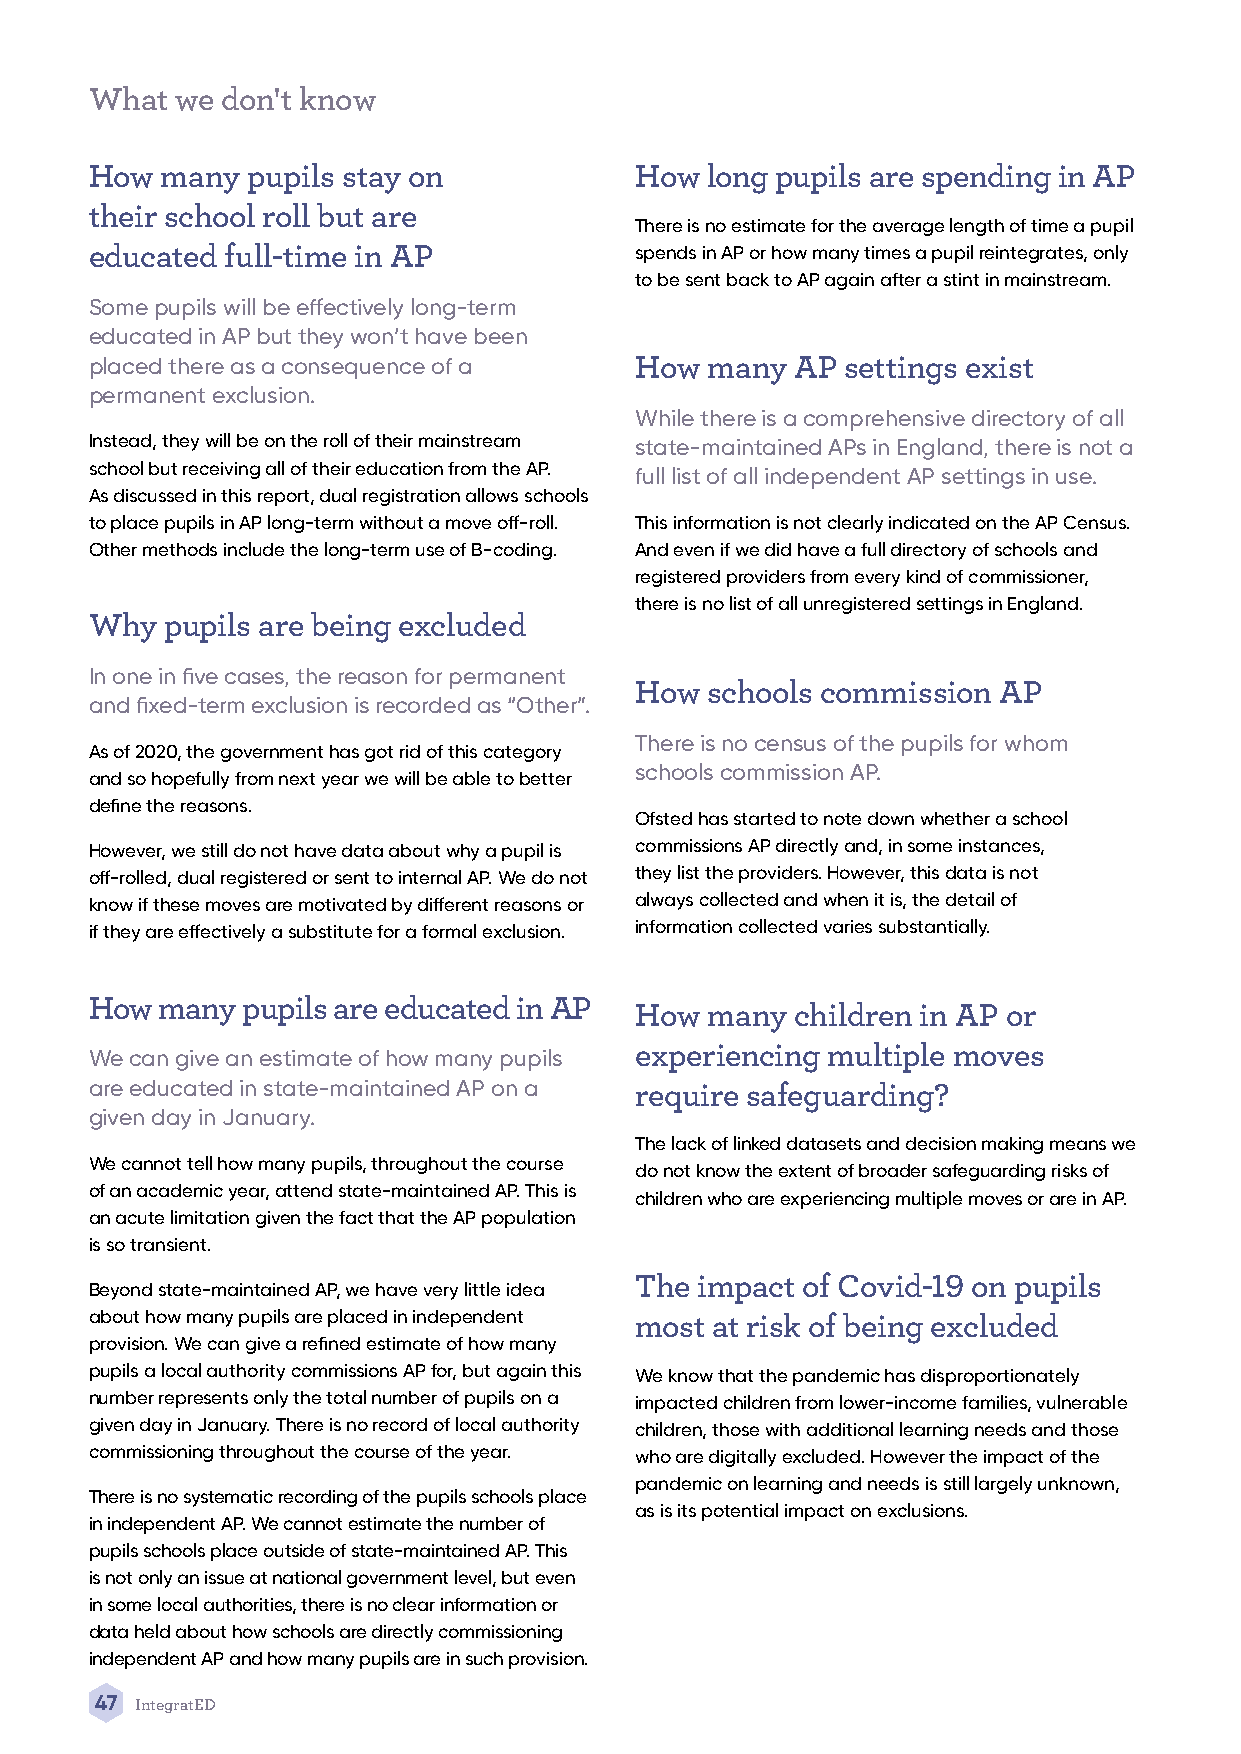
What  we don't know
 How  many pupils stay on            How  long pupils are spending in AP
 their school roll but are
 There is no estimate for the average length of time a pupil
 educated full-time in AP            spends in AP or how many times a pupil reintegrates, only
 to be sent back to AP again after a stint in mainstream.
 Some pupils will be effectively long-term
 educated in AP but they won’t have been
 placed there as a consequence of a  How  many  AP settings exist
 permanent exclusion.
 While there is a comprehensive directory of all
 Instead, they will be on the roll of their mainstream state-maintained APs in England, there is not a
 school but receiving all of their education from the AP.
 full list of all independent AP settings in use.
 As discussed in this report, dual registration allows schools
 to place pupils in AP long-term without a move off-roll. This information is not clearly indicated on the AP Census.
 Other methods include the long-term use of B-coding. And even if we did have a full directory of schools and
 registered providers from every kind of commissioner,
 there is no list of all unregistered settings in England.
 Why  pupils are being excluded
 In one in five cases, the reason for permanent
 How  schools commission AP
 and fixed-term exclusion is recorded as “Other”.
 There is no census of the pupils for whom
 As of 2020, the government has got rid of this category
 schools commission AP.
 and so hopefully from next year we will be able to better
 define the reasons.
 Ofsted has started to note down whether a school
 However, we still do not have data about why a pupil is commissions AP directly and, in some instances,
 off-rolled, dual registered or sent to internal AP. We do not they list the providers. However, this data is not
 know if these moves are motivated by different reasons or always collected and when it is, the detail of
 if they are effectively a substitute for a formal exclusion. information collected varies substantially.
 How many  pupils are educated in AP
 How  many  children in AP or
 experiencing multiple moves
 We can give an estimate of how many pupils
 are educated in state-maintained AP on a require safeguarding?
 given day in January.
 The lack of linked datasets and decision making means we
 We cannot tell how many pupils, throughout the course
 do not know the extent of broader safeguarding risks of
 of an academic year, attend state-maintained AP. This is
 children who are experiencing multiple moves or are in AP.
 an acute limitation given the fact that the AP population
 is so transient.
 The impact of Covid-19 on pupils
 Beyond state-maintained AP, we have very little idea
 about how many pupils are placed in independent most at risk of being excluded
 provision. We can give a refined estimate of how many
 pupils a local authority commissions AP for, but again this We know that the pandemic has disproportionately
 number represents only the total number of pupils on a impacted children from lower-income families, vulnerable
 given day in January. There is no record of local authority children, those with additional learning needs and those
 commissioning throughout the course of the year. who are digitally excluded. However the impact of the
 pandemic on learning and needs is still largely unknown,
 There is no systematic recording of the pupils schools place
 as is its potential impact on exclusions.
 in independent AP. We cannot estimate the number of
 pupils schools place outside of state-maintained AP. This
 is not only an issue at national government level, but even
 in some local authorities, there is no clear information or
 data held about how schools are directly commissioning
 independent AP and how many pupils are in such provision.
 47 IntegratED